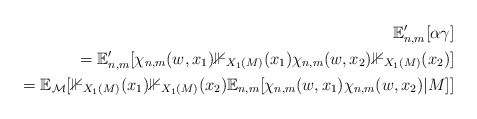
\begin{align*}\mathbb{E}_{n,m}' [\alpha \gamma]\\=\mathbb{E}_{n,m}' [ \chi_{n,m}(w,x_1) \mathbb{1}_{X_1(M)} (x_1) \chi_{n,m}(w, x_2) \mathbb{1}_{X_1(M)} (x_2) ]\\= \mathbb{E}_{\mathcal{M}} [\mathbb{1}_{X_1(M)} (x_1) \mathbb{1}_{X_1(M)}(x_2) \mathbb{E}_{n,m} [\chi_{n,m}(w, x_1) \chi_{n,m}(w, x_2) | M ]]\end{align*}